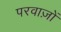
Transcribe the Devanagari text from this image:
परवाज़ों